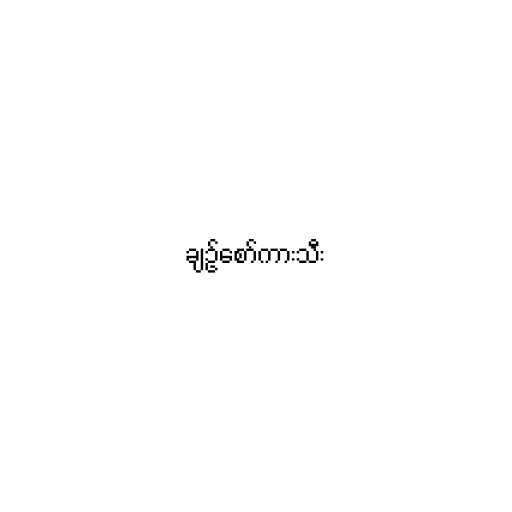
ချဥ်စော်ကားသီး